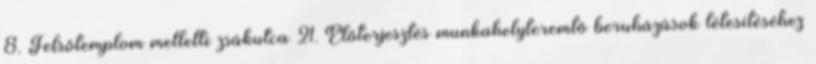
8. Felsőtemplom melletti zsákutca 21. Előterjesztés munkahelyteremtő beruházások létesítéséhez